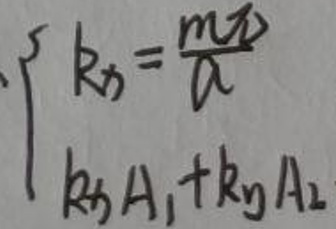
\[
\begin{cases}
k_{x}=\frac{m v}{a} \\
k_{x}A_{1}+k_{y}A_{2}
\end{cases}
\]